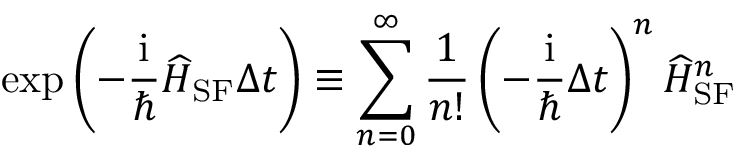
\exp \left( - \frac { \mathrm { i } } { \hbar } \widehat { H } _ { \mathrm { S F } } \Delta t \right) \equiv \sum _ { n = 0 } ^ { \infty } \frac { 1 } { n ! } \left( - \frac { \mathrm { i } } { \hbar } \Delta t \right) ^ { n } \widehat { H } _ { \mathrm { S F } } ^ { n }